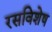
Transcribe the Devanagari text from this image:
रसविशेष